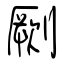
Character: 劂